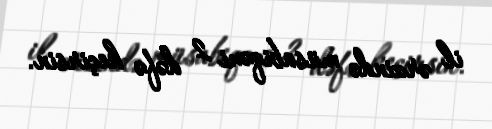
il ərzində müsabiqəni 2 dəfə keçirsin.